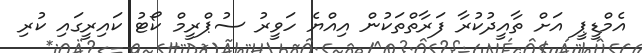
އެމްޑީޕީ އަށް ތާއީދުކުރާ ފަރާތްތަކުން އިއްޔެ ހަވީރު ސުޕްރީމް ކޯޓު ކައިރީގައި ކުރި